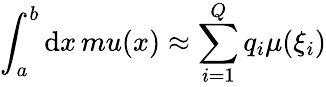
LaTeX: \int_{a}^{b}\mathrm{d}x\, mu(x)\approx\sum_{i=1}^{Q}q_{i}\mu(\xi_{i})